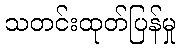
သတင်းထုတ်ပြန်မှု